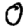
Digit: 0